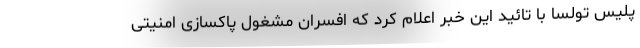
پلیس تولسا با تائید این خبر اعلام کرد که افسران مشغول پاکسازی امنیتی